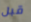
قبل